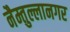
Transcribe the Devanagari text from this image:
नैम्तुल्लानगर